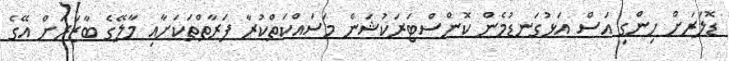
ޑޮލަރަށް ހިންގި އަސް އަޅުގަނޑުމެން ކޮންސްޓަރަކުޝަން މަސައްކަތްކުރާ ފަރާތްތަކަށާއި މާލޭގެ ބާޒަރަށް އޭގެ